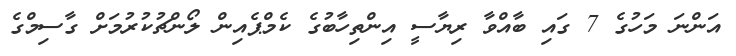
އަންނަ މަހުގެ 7 ގައި ބާއްވާ ރިޔާސީ އިންތިހާބުގެ ކެމްޕެއިން ލޯންޗުކުރުމަށް ގާސިމްގެ